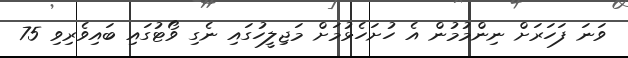
ވަނަ ފަހަރަށް ނިންމުމުން އެ ހުށަހެޅުމަށް މަޖިލީހުގައި ނެގި ވޯޓުގައި ބައިވެރިވި 75